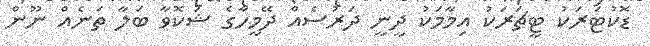
ޑޮކުޓަރަކު ޓީޗަރަކު އިމާމަކު ދީނީ ދަރުސެއް ދޭމީހާގެ ޝަކޮވާ ބަލާ ތަނެއް ނޫން